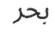
بحر